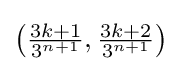
{\textstyle \left({\frac {3k+1}{3^{n+1}}},{\frac {3k+2}{3^{n+1}}}\right)}